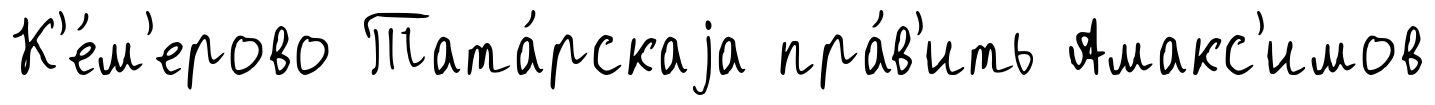
К'е́м'ерово Тата́рскаjа пра́в'ить Амакс'имов